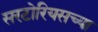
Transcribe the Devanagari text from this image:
सरटोरियसच्या